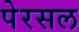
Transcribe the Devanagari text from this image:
पेरसल